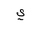
Letter: _ya